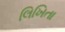
લિખિતા